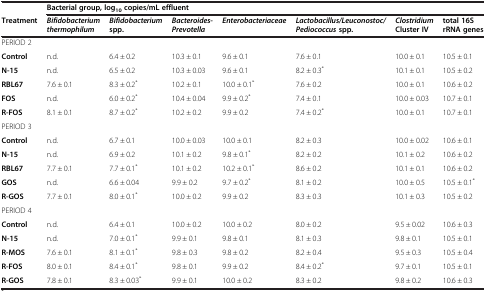
<table><thead><tr><td></td><td colspan="7"><b>Bacterial group, log<sub>10</sub>copies/mL effluent</b></td></tr><tr><td><b>Treatment</b></td><td><b><i>Bifidobacterium thermophilum</i></b></td><td><b><i>Bifidobacterium</i>spp.</b></td><td><b><i>Bacteroides-Prevotella</i></b></td><td><b><i>Enterobacteriaceae</i></b></td><td><b><i>Lactobacillus/Leuconostoc/Pediococcus</i>spp.</b></td><td><b><i>Clostridium</i>Cluster IV</b></td><td><b>total 16S rRNA genes</b></td></tr></thead><tbody><tr><td>PERIOD 2</td><td></td><td></td><td></td><td></td><td></td><td></td><td></td></tr><tr><td><b>Control</b></td><td>n.d.</td><td>6.4 ± 0.2</td><td>10.3 ± 0.1</td><td>9.6 ± 0.1</td><td>7.6 ± 0.1</td><td>10.0 ± 0.1</td><td>10.5 ± 0.1</td></tr><tr><td><b>N-15</b></td><td>n.d.</td><td>6.5 ± 0.2</td><td>10.3 ± 0.03</td><td>9.6 ± 0.1</td><td>8.2 ± 0.3<sup>*</sup></td><td>10.1 ± 0.1</td><td>10.5 ± 0.2</td></tr><tr><td><b>RBL67</b></td><td>7.6 ± 0.1</td><td>8.3 ± 0.2<sup>*</sup></td><td>10.2 ± 0.1</td><td>10.0 ± 0.1<sup>*</sup></td><td>7.6 ± 0.2</td><td>10.0 ± 0.1</td><td>10.6 ± 0.2</td></tr><tr><td><b>FOS</b></td><td>n.d.</td><td>6.0 ± 0.2<sup>*</sup></td><td>10.4 ± 0.04</td><td>9.9 ± 0.2<sup>*</sup></td><td>7.4 ± 0.1</td><td>10.0 ± 0.03</td><td>10.7 ± 0.1</td></tr><tr><td><b>R-FOS</b></td><td>8.1 ± 0.1</td><td>8.7 ± 0.2<sup>*</sup></td><td>10.2 ± 0.2</td><td>9.9 ± 0.2</td><td>7.4 ± 0.2<sup>*</sup></td><td>10.0 ± 0.1</td><td>10.7 ± 0.1</td></tr><tr><td>PERIOD 3</td><td></td><td></td><td></td><td></td><td></td><td></td><td></td></tr><tr><td><b>Control</b></td><td>n.d.</td><td>6.7 ± 0.1</td><td>10.0 ± 0.03</td><td>10.0 ± 0.1</td><td>8.2 ± 0.3</td><td>10.0 ± 0.02</td><td>10.6 ± 0.1</td></tr><tr><td><b>N-15</b></td><td>n.d.</td><td>6.9 ± 0.2</td><td>10.1 ± 0.2</td><td>9.8 ± 0.1<sup>*</sup></td><td>8.2 ± 0.2</td><td>10.1 ± 0.2</td><td>10.6 ± 0.2</td></tr><tr><td><b>RBL67</b></td><td>7.7 ± 0.1</td><td>7.7 ± 0.1<sup>*</sup></td><td>10.1 ± 0.2</td><td>10.2 ± 0.1<sup>*</sup></td><td>8.6 ± 0.2</td><td>10.1 ± 0.1</td><td>10.6 ± 0.2</td></tr><tr><td><b>GOS</b></td><td>n.d.</td><td>6.6 ± 0.04</td><td>9.9 ± 0.2</td><td>9.7 ± 0.2<sup>*</sup></td><td>8.1 ± 0.2</td><td>10.0 ± 0.5</td><td>10.5 ± 0.1<sup>*</sup></td></tr><tr><td><b>R-GOS</b></td><td>7.7 ± 0.1</td><td>8.0 ± 0.1<sup>*</sup></td><td>10.0 ± 0.2</td><td>9.9 ± 0.2</td><td>8.3 ± 0.3</td><td>10.1 ± 0.3</td><td>10.5 ± 0.2</td></tr><tr><td>PERIOD 4</td><td></td><td></td><td></td><td></td><td></td><td></td><td></td></tr><tr><td><b>Control</b></td><td>n.d.</td><td>6.4 ± 0.1</td><td>10.0 ± 0.2</td><td>10.0 ± 0.2</td><td>8.0 ± 0.2</td><td>9.5 ± 0.02</td><td>10.6 ± 0.3</td></tr><tr><td><b>N-15</b></td><td>n.d.</td><td>7.0 ± 0.1<sup>*</sup></td><td>9.9 ± 0.1</td><td>9.8 ± 0.1</td><td>8.1 ± 0.3</td><td>9.8 ± 0.1</td><td>10.5 ± 0.1</td></tr><tr><td><b>R-MOS</b></td><td>7.6 ± 0.1</td><td>8.1 ± 0.1<sup>*</sup></td><td>9.8 ± 0.3</td><td>9.8 ± 0.2</td><td>8.2 ± 0.4</td><td>9.5 ± 0.3</td><td>10.5 ± 0.4</td></tr><tr><td><b>R-FOS</b></td><td>8.0 ± 0.1</td><td>8.4 ± 0.1<sup>*</sup></td><td>9.8 ± 0.1</td><td>9.9 ± 0.2</td><td>8.4 ± 0.2<sup>*</sup></td><td>9.7 ± 0.1</td><td>10.5 ± 0.1</td></tr><tr><td><b>R-GOS</b></td><td>7.8 ± 0.1</td><td>8.3 ± 0.03<sup>*</sup></td><td>9.9 ± 0.1</td><td>10.0 ± 0.2</td><td>8.3 ± 0.2</td><td>9.8 ± 0.2</td><td>10.6 ± 0.3</td></tr></tbody></table>